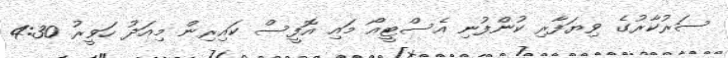
ސަރުކާރުގެ ވިޔަފާރި ކުންފުނި އެސްޓީއޯ މައި އޮފީސް ކައިރިން މިއަދު ހަވީރު 4:30